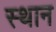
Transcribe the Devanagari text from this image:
स्‍थान